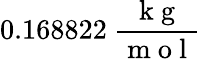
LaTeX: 0.168822\ \frac{\mathrm{~k~g~}}{\mathrm{~m~o~l~}}